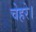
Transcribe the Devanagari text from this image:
चेहरे।